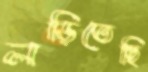
লড়িতেছি